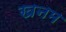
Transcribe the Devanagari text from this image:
खनम